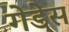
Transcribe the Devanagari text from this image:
गेडेस